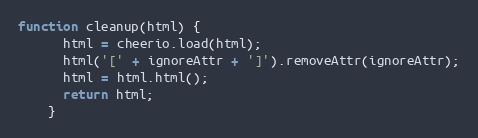
Language: JavaScript
function cleanup(html) {
      html = cheerio.load(html);
      html('[' + ignoreAttr + ']').removeAttr(ignoreAttr);
      html = html.html();
      return html;
    }